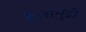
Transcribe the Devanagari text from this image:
है।समुद्री